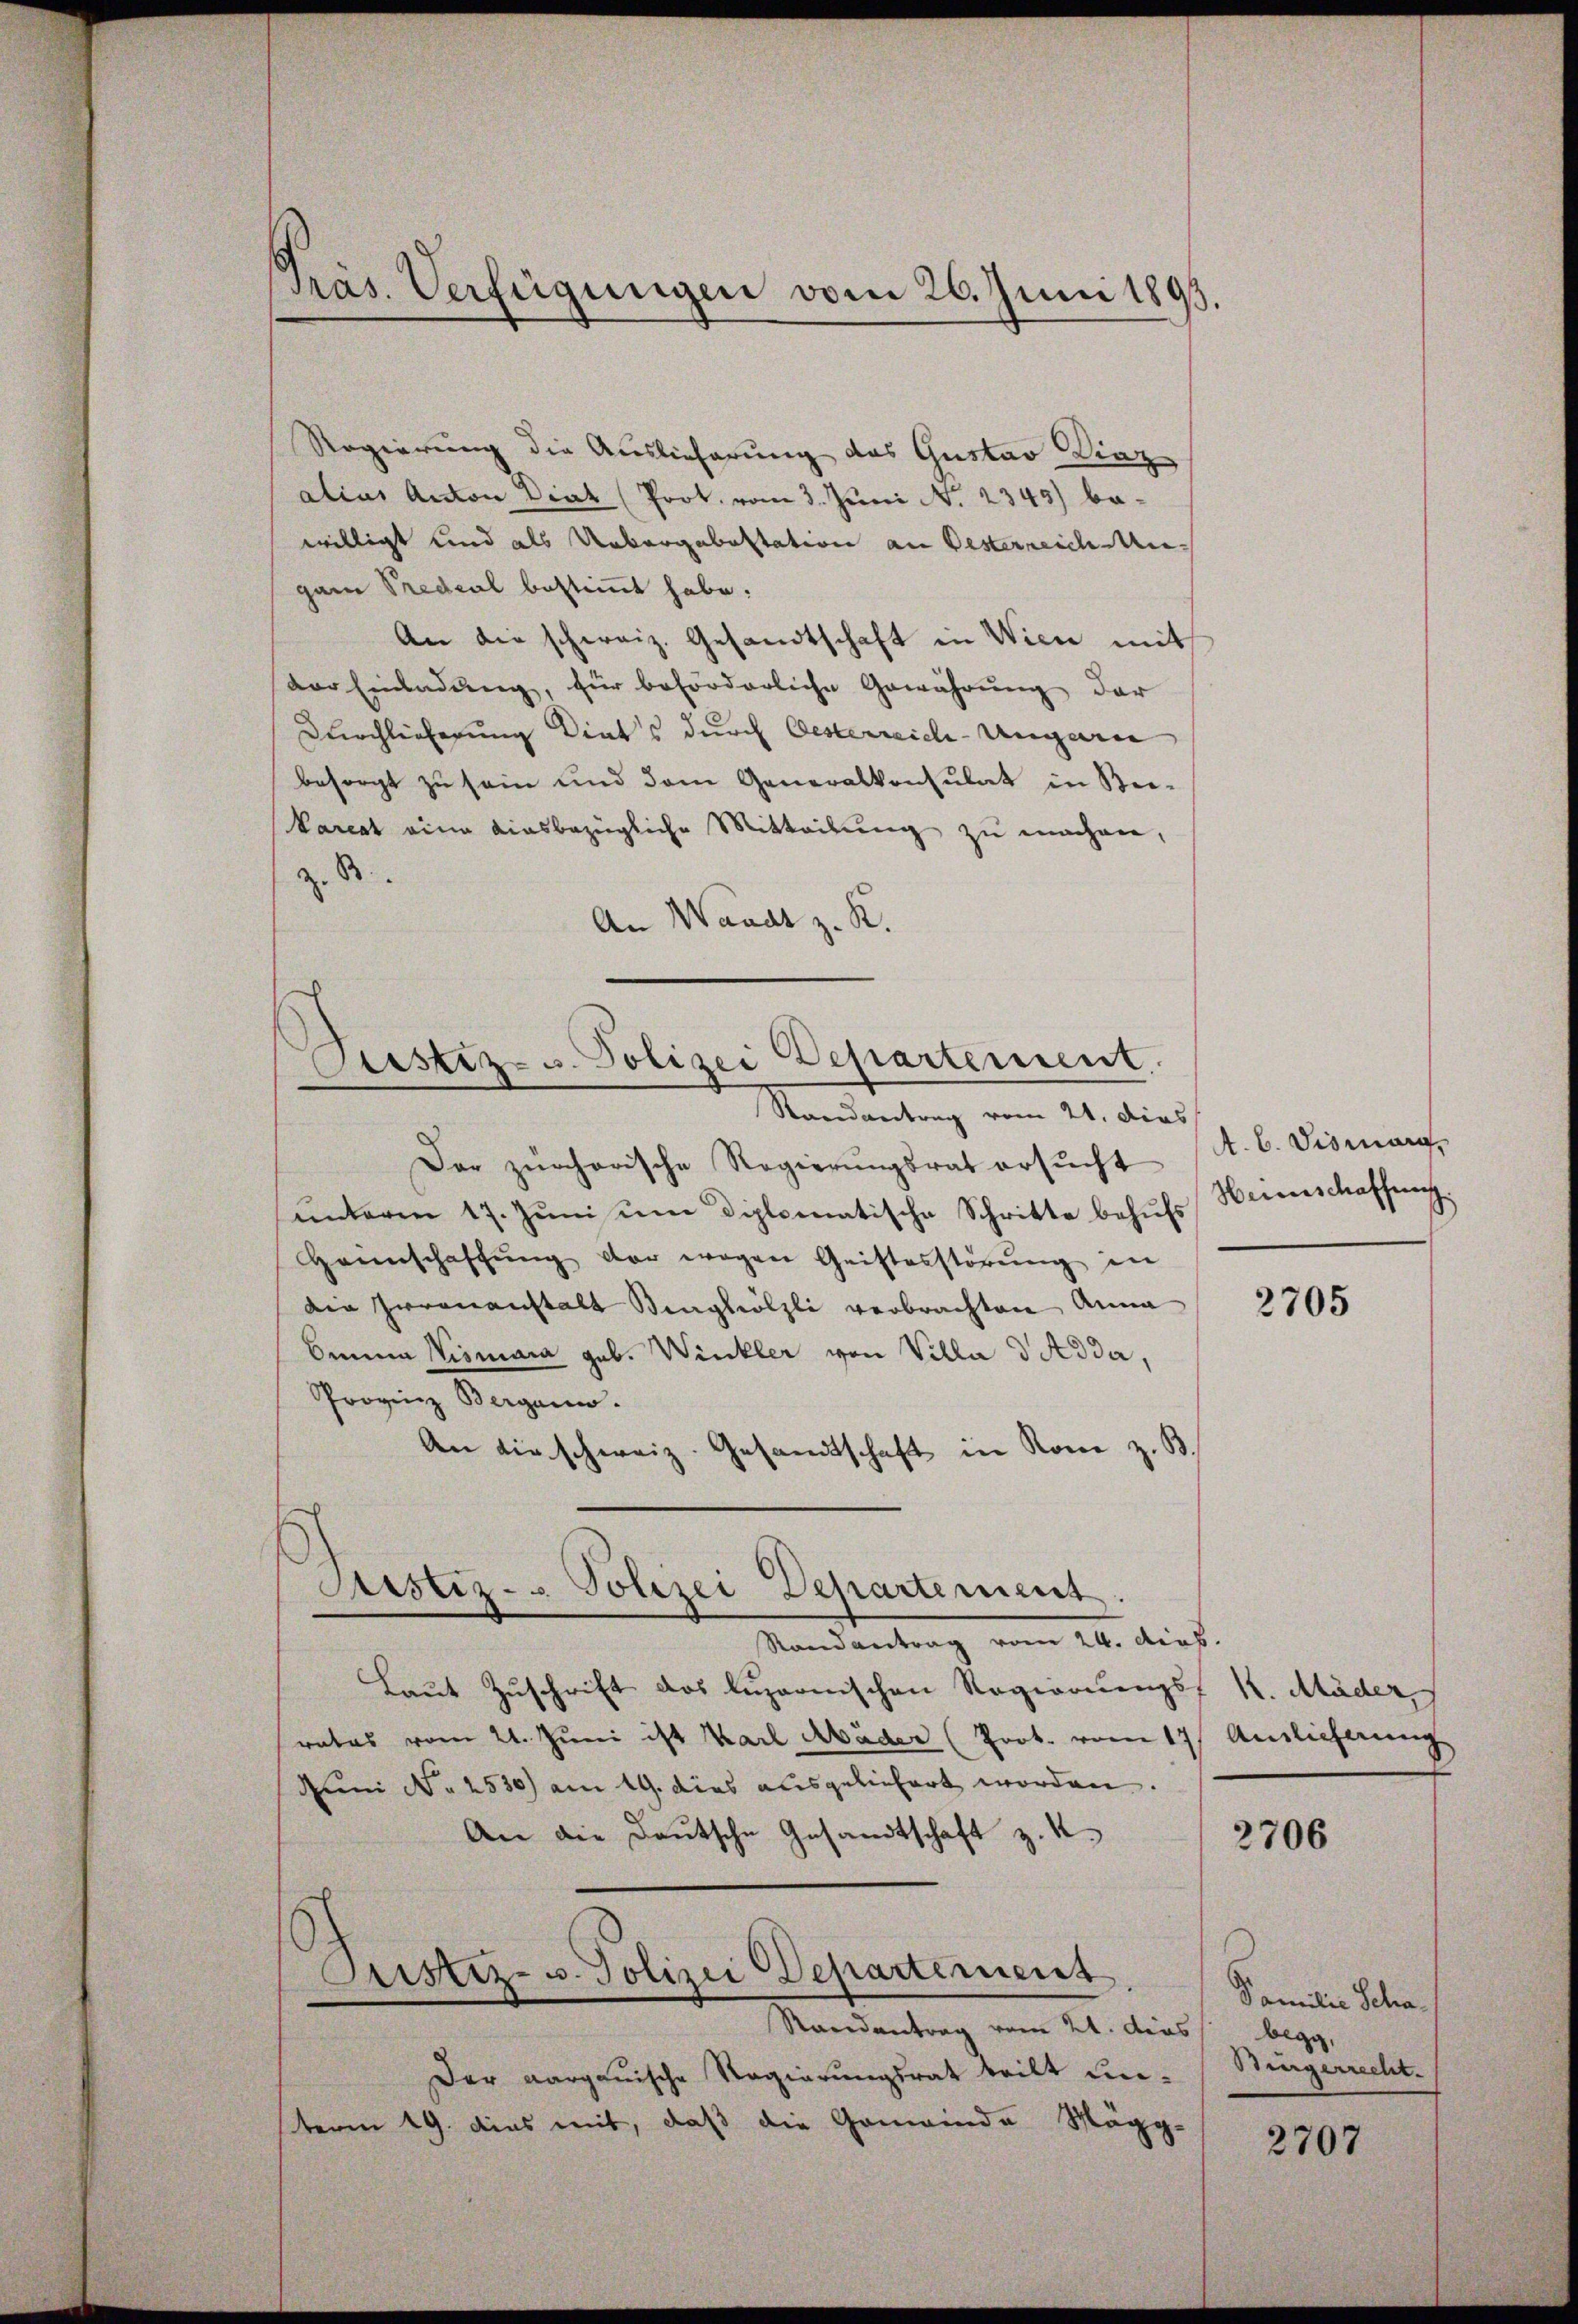
Präs. Verfügungen vom 26. Juni 1893.

Regierung die Auslieferung das Gustav Diaz
alias Anton Diat (Prot. vom 3. Juni N. 2345) bewilligt und als Uebergabestation an Oesterreich Mugann Predial bestimmt habe.
An die schweiz. Gesandtschaft in Wien mit
vor Einladung, für beförderliche Gewährung der
Kirchlieferung Diats durch Oesterreich-Ungarn
besorgt zu sein und dem Generalkonsulat in Bei-
Vareat eine diesbezügliche Mitteilung zu machen,
B.
An Waadt z. R.

Justiz- u. Polizei Departement
—

Raeantrag vom 21. dies
Der zürcherische Regierungsrat ersucht (A.b. Vismar,
unterm 17. Jŭni um diplomatische Schritte behufs Weinschaffung.
Heimschaffŭng der wegen Geistesstörŭng in
Die Irrenanstalt Ringhölzli verbrachten Anna
beina Wismara geb. Winkler von Villa dAdda,
Provinz Bergann.
An die schweiz. Gesandtschaft in Rome z. B.
Laut Zuschrift das luzernischen Regierungs-
rates vom 21. Juni ist Karl Abäder (Prot. vom 17
Juni No 2530) am 19. dies ausgeliefert worden.
An die Deutsche Gesandtschaft z. K.
Justiz- u. Polizei Departement
Randantrag vom 21. dies
Der aargauische Regierungsrat teilt unsterm 19. dies mit, daß die Gemeinde Mägg-

Justiz- Polizei Departement
Randantrag vom 24. dieb.

2705

K. Mäder
Ainlicherung

2706

Familie Schabegg,
Bürgerrecht.

2707